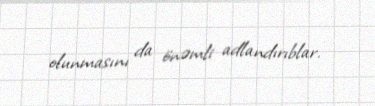
olunmasını da önəmli adlandırıblar.